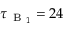
\tau _ { \mathrm { ~ B ~ } _ { 1 } } = 2 4